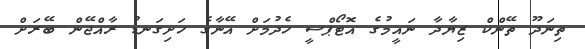
ތިނަދޫ ތޭންކް ޒިޔާދާ ނައީމުގެ އޮޓޯޕްސީ ހެދުމަށް އޭނާގެ ހަށިގަނޑު ރާއްޖޭން ބޭރަށް